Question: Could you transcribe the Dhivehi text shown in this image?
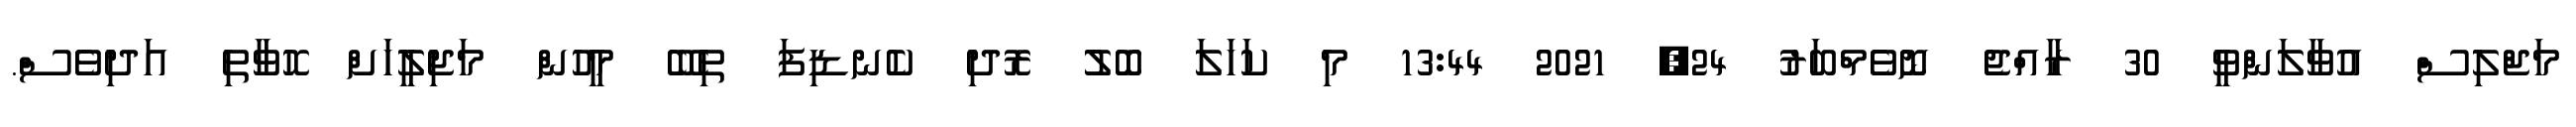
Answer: މަޖްލިސް އުވާލަންވީ 30 ރާއްޖެ ނޮވެމްބަރު 24, 2021 13:44 މި ކަހަލަ ބޮލު ރޮދި ކެނޑިފަ ތިބޭ މީހުން މަޖިލީހަށް ހޮވާތި އަދިވެސް.